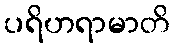
ပရိဟရာမာတိ